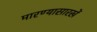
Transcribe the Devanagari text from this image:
मारण्यासारखें